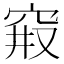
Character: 𱶷